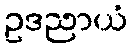
ဥဒညာယံ